Sanitation, dispensaries and jails vaccination Rajputana 1922-1927 - 1922-1927
Year: 1922
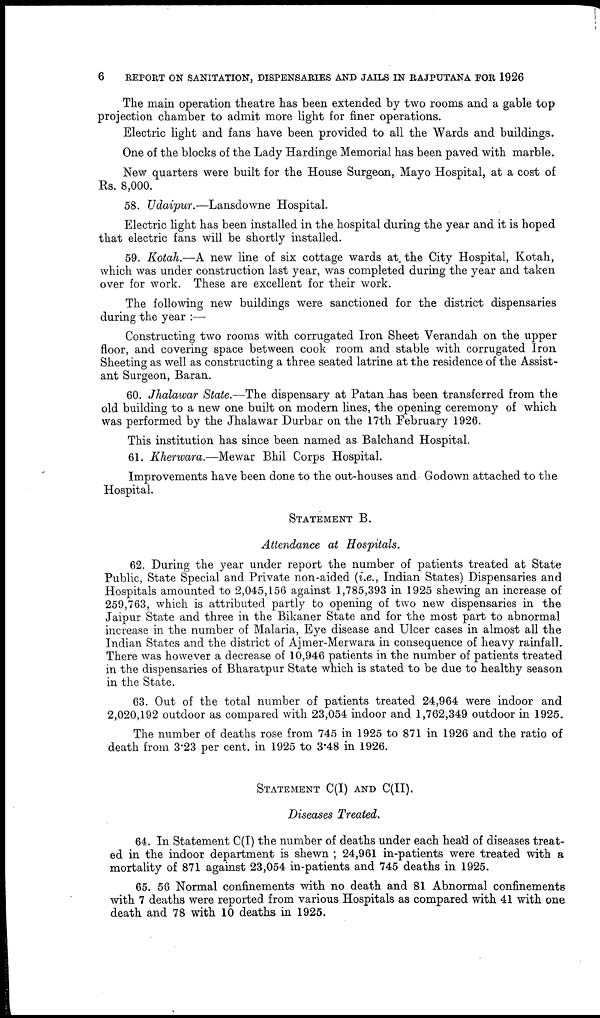
6
REPORT ON SANITATION, DISPENSARIES AND JAILS IN RAJPUTANA FOR 1926
The main operation theatre has been extended by two rooms and a gable top
projection chamber to admit more light for finer operations.
Electric light and fans have been provided to all the Wards and buildings.
One of the blocks of the Lady Hardinge Memorial has been paved with marble.
New quarters were built for the House Surgeon, Mayo Hospital, at a cost of
Rs. 8,000.
58. Udaipur.—Lansdowne
Hospital.
Electric light has been installed in the hospital during the year and it is hoped
that electric fans will be shortly installed.
59. Kotah.—A new line of six cottage wards at. the City Hospital, Kotah,
which was under construction last year, was completed during the year and taken
over for work. These are excellent for their work.
The following new buildings were sanctioned for the district dispensaries
during the year :—
Constructing two rooms with corrugated Iron Sheet Verandah on the upper
floor, and covering space between cook room and stable with corrugated Iron
Sheeting as well as constructing a three seated latrine at the residence of the Assist-
ant Surgeon, Baran.
60. Jhalawar State.—The dispensary at Patan has been transferred from the
old building to a new one built on modern lines, the opening ceremony of which
was performed by the Jhalawar Durbar on the 17th February 1926.
This institution has since been named as Balchand Hospital.
61. Khewara.—Mewar
Bhil Corps Hospital.
Improvements have been done to the out-houses and Godown attached to the
Hospital.
STATEMENT B.
Attendance at Hospitals.
62. During the year under report the number of patients treated at State
Public, State Special and Private non-aided (i.e., Indian States) Dispensaries and
Hospitals amounted to 2,045,156 against 1,785,393 in 1925 shewing an increase of
259,763, which is attributed partly to opening of two new dispensaries in the
Jaipur State and three in the Bikaner State and for the most part to abnormal
increase in the number of Malaria, Eye disease and Ulcer cases in almost all the
Indian States and the district of Ajmer-Merwara in consequence of heavy rainfall.
There was however a decrease of 10,946 patients in the number of patients treated
in the dispensaries of Bharatpur State which is stated to be due to healthy season
in the State.
63. Out of the total number of patients treated 24,964 were indoor and
2,020,192 outdoor as compared with 23,054 indoor and 1,762,349 outdoor in 1925.
The number of deaths rose from 745 in 1925 to 871 in 1926 and the ratio of
death from 3.23 per cent. in 1925 to 3.48 in 1926.
STATEMENT C(I) AND C(II).
Diseases Treated.
64. In Statement C(I) the number of deaths under each head of diseases treat-
ed in the indoor department is shewn ; 24,961 in-patients were treated with a
mortality of 871 against 23,054 in-patients and 745 deaths in 1925.
65. 56 Normal confinements with no death and 81 Abnormal confinements
with 7 deaths were reported from various Hospitals as compared with 41 with one
death and 78 with 10 deaths in 1925.